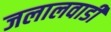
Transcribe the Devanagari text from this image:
जलालवाडी